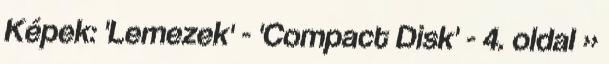
Képek: 'Lemezek' - 'Compact Disk' - 4. oldal »